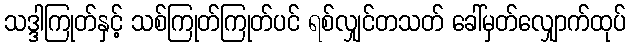
သဒ္ဒါကြုတ်နှင့် သစ်ကြုတ်ကြုတ်ပင် ရစ်လျှင်တသတ် ခေါ်မှတ်လျှောက်ထုပ်